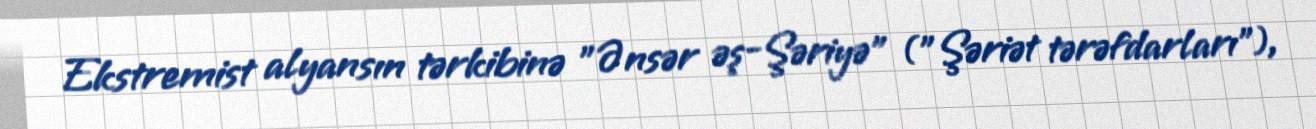
Ekstremist alyansın tərkibinə "Ənsər əş-Şəriyə" ("Şəriət tərəfdarları"),